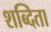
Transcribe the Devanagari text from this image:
शब्दिता